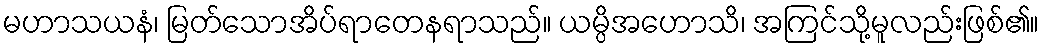
မဟာသယနံ၊ မြတ်သောအိပ်ရာတေနရာသည်။ ယမ္ပိအဟောသိ၊ အကြင်သို့မူလည်းဖြစ်၏။